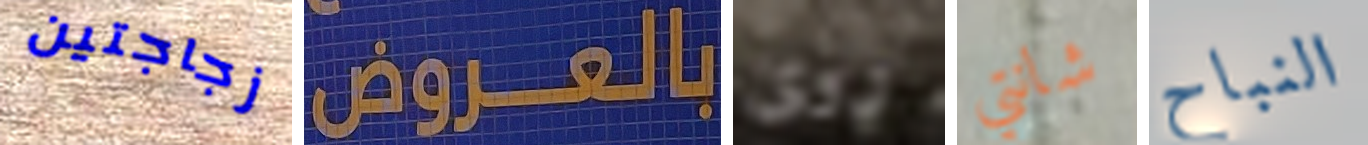
زجاجتين بالعروض روى شانتي النباح